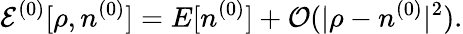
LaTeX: {\cal E}^{(0)}[\rho,n^{(0)}]=E[n^{(0)}]+{\cal O}(\vert\rho-n^{(0)}\vert^{2}).